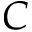
C